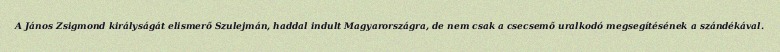
A János Zsigmond királyságát elismerő Szulejmán, haddal indult Magyarországra, de nem csak a csecsemő uralkodó megsegítésének a szándékával.